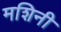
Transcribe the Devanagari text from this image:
मशिनी